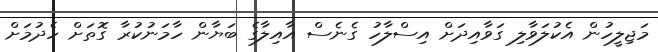
މަޖިލީހުން އެކުލަވާލި ގަވާއިދަށް އިސްލާހު ގެނެސް އާއިލާގެ ބަޔާން ހާމަނުކުރާ ގޮތަށް ހެދުމަށް